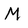
Character: M